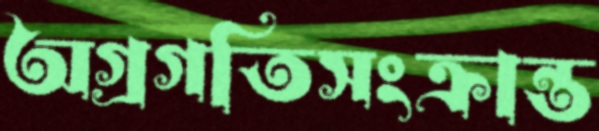
অগ্রগতিসংক্রান্ত